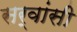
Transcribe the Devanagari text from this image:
सर्वांसी